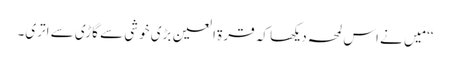
‘‘ مَیں نے اس لمحہ دیکھا کہ قرۃ العین بڑی خوشی سے گاڑی سے اتری۔